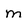
Character: m